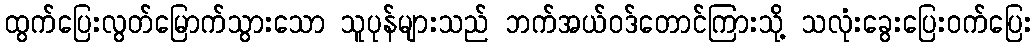
ထွက်ပြေးလွတ်မြောက်သွားသော သူပုန်များသည် ဘက်အယ်ဝဒ်တောင်ကြားသို့ သလုံးခွေးပြေးဝက်ပြေး